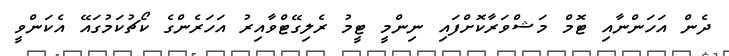
ދެން އަހަންނާއި ޓޮމް މަޝްވަރާކޮށްފައި ނިންމީ ޓީމު ރެލިގޭޓްވާއިރު އަހަރެންގެ ކޯޗުކަމުގައޭ އެކަންވީ